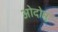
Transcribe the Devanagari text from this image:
ओदोप्तु